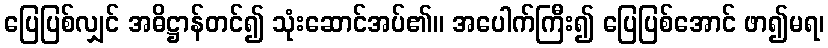
ပြေပြစ်လျှင် အဓိဋ္ဌာန်တင်၍ သုံးဆောင်အပ်၏။ အပေါက်ကြီး၍ ပြေပြစ်အောင် ဖာ၍မရ၊